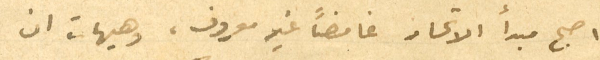
اصبح مبدأ الاتحاد غامضًا غير معروف، وهيهات ان